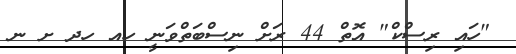
"ހައި ރިސްކް" އޮތް 44 ރަށް ނިސްބަތްވަނީ ހއ ހދ ށ ނ